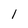
Character: 1